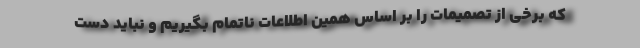
که برخی از تصمیمات را بر اساس همین اطلاعات ناتمام بگیریم و نباید دست